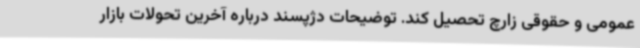
عمومی و حقوقی زارچ تحصیل کند. توضیحات دژپسند درباره آخرین تحولات بازار